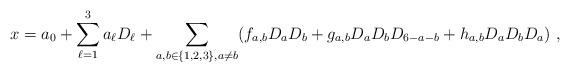
LaTeX: \begin{align*}x=a_0+\sum_{\ell=1}^3a_\ell D_\ell+\sum_{a,b\in \{1,2,3\},a\ne b} (f_{a,b}D_aD_b+g_{a,b}D_aD_bD_{6-a-b}+h_{a,b}D_aD_bD_a)\ ,\end{align*}